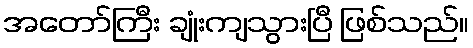
အတော်ကြီး ချုံးကျသွားပြီ ဖြစ်သည်။